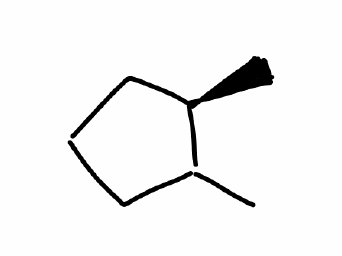
Simplified molecular-input line-entry system (SMILES) notation of the given molecule:
C[C@@H]1CCCC1C